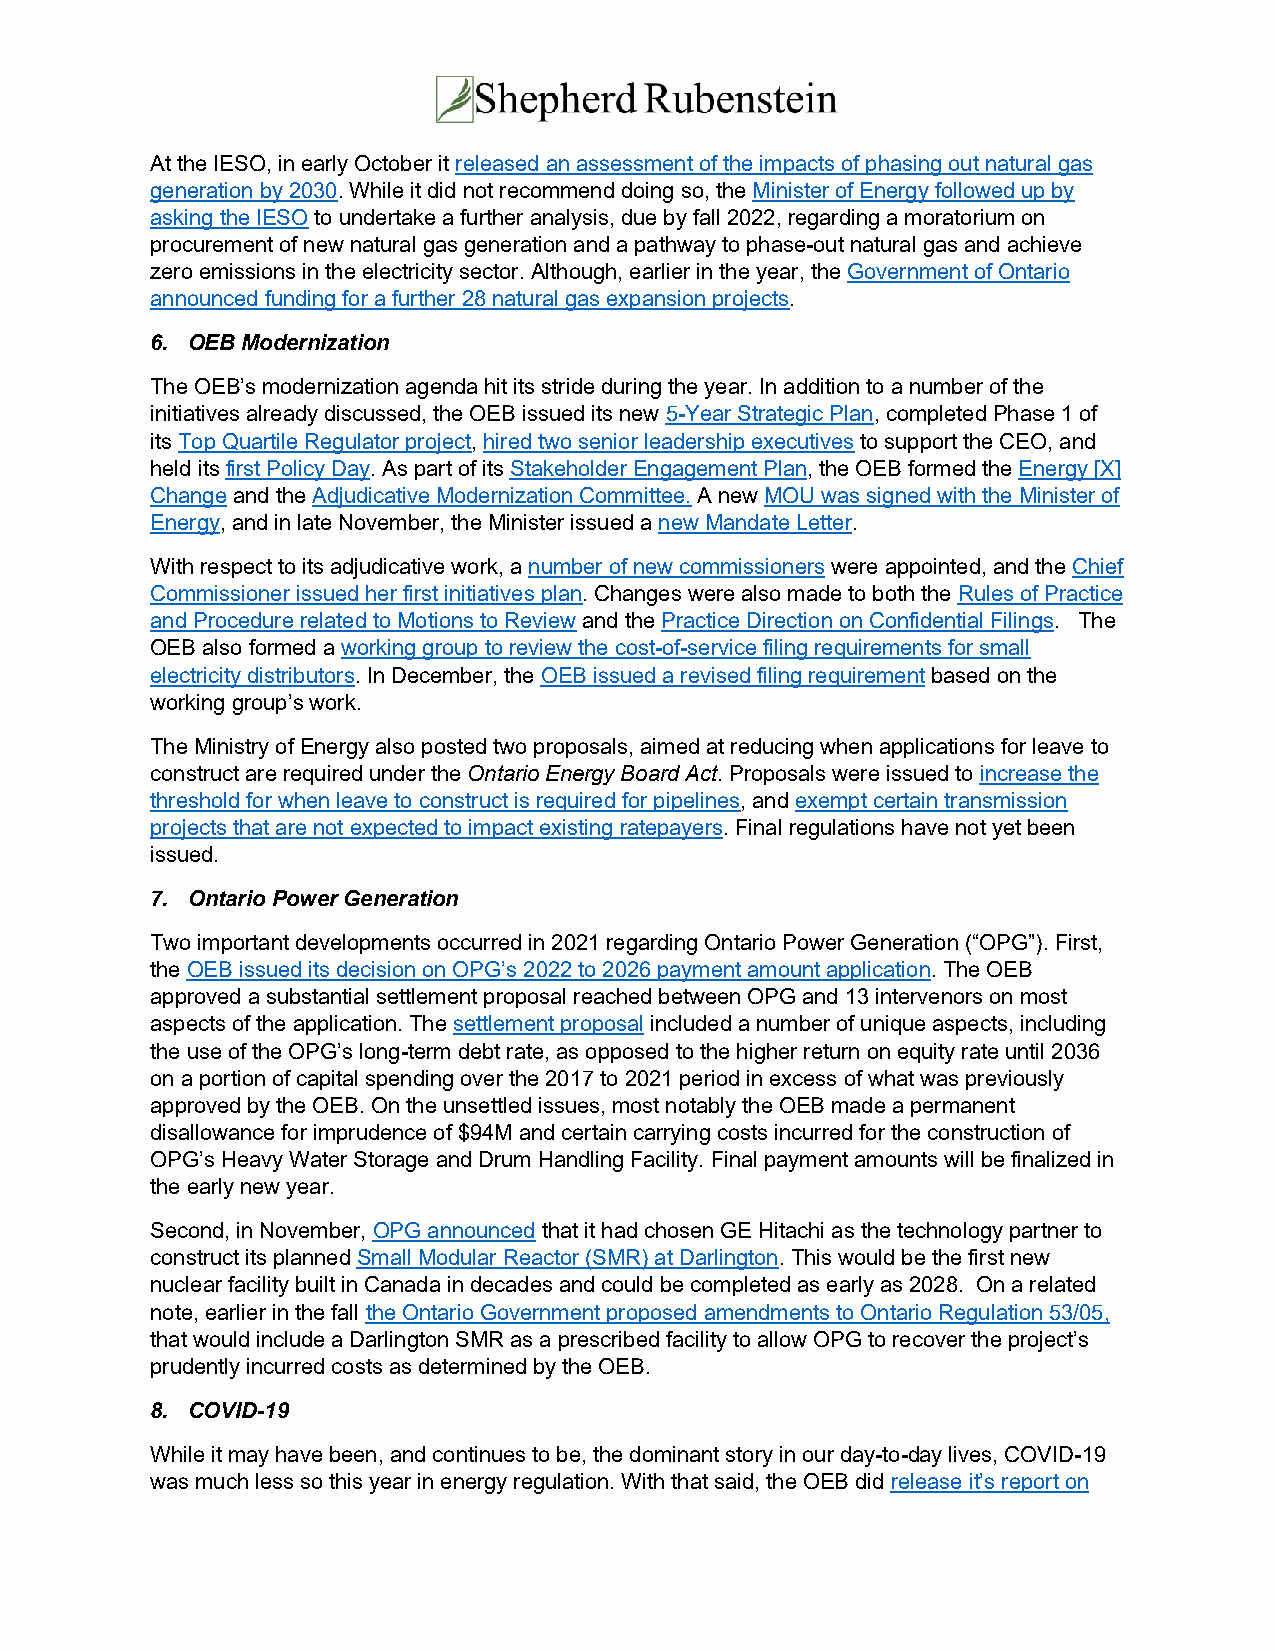
At the IESO, in early October it released an assessment of the impacts of phasing out natural gas
 generation by 2030. While it did not recommend doing so, the Minister of Energy followed up by
 asking the IESO to undertake a further analysis, due by fall 2022, regarding a moratorium on
 procurement of new natural gas generation and a pathway to phase-out natural gas and achieve
 zero emissions in the electricity sector. Although, earlier in the year, the Government of Ontario
 announced funding for a further 28 natural gas expansion projects.
 6. OEB Modernization
 The OEB’s modernization agenda hit its stride during the year. In addition to a number of the
 initiatives already discussed, the OEB issued its new 5-Year Strategic Plan, completed Phase 1 of
 its Top Quartile Regulator project, hired two senior leadership executives to support the CEO, and
 held its first Policy Day. As part of its Stakeholder Engagement Plan, the OEB formed the Energy [X]
 Change and the Adjudicative Modernization Committee. A new MOU was signed with the Minister of
 Energy, and in late November, the Minister issued a new Mandate Letter.
 With respect to its adjudicative work, a number of new commissioners were appointed, and the Chief
 Commissioner issued her first initiatives plan. Changes were also made to both the Rules of Practice
 and Procedure related to Motions to Review and the Practice Direction on Confidential Filings. The
 OEB also formed a working group to review the cost-of-service filing requirements for small
 electricity distributors. In December, the OEB issued a revised filing requirement based on the
 working group’s work.
 The Ministry of Energy also posted two proposals, aimed at reducing when applications for leave to
 construct are required under the Ontario Energy Board Act. Proposals were issued to increase the
 threshold for when leave to construct is required for pipelines, and exempt certain transmission
 projects that are not expected to impact existing ratepayers. Final regulations have not yet been
 issued.
 7. Ontario Power Generation
 Two important developments occurred in 2021 regarding Ontario Power Generation (“OPG”). First,
 the OEB issued its decision on OPG’s 2022 to 2026 payment amount application. The OEB
 approved a substantial settlement proposal reached between OPG and 13 intervenors on most
 aspects of the application. The settlement proposal included a number of unique aspects, including
 the use of the OPG’s long-term debt rate, as opposed to the higher return on equity rate until 2036
 on a portion of capital spending over the 2017 to 2021 period in excess of what was previously
 approved by the OEB. On the unsettled issues, most notably the OEB made a permanent
 disallowance for imprudence of $94M and certain carrying costs incurred for the construction of
 OPG’s Heavy Water Storage and Drum Handling Facility. Final payment amounts will be finalized in
 the early new year.
 Second, in November, OPG announced that it had chosen GE Hitachi as the technology partner to
 construct its planned Small Modular Reactor (SMR) at Darlington. This would be the first new
 nuclear facility built in Canada in decades and could be completed as early as 2028. On a related
 note, earlier in the fall the Ontario Government proposed amendments to Ontario Regulation 53/05,
 that would include a Darlington SMR as a prescribed facility to allow OPG to recover the project’s
 prudently incurred costs as determined by the OEB.
 8. COVID-19
 While it may have been, and continues to be, the dominant story in our day-to-day lives, COVID-19
 was much less so this year in energy regulation. With that said, the OEB did release it’s report on